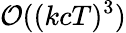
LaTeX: \mathcal{O}((kcT)^{3})